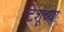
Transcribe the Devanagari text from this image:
टिशूंच्या